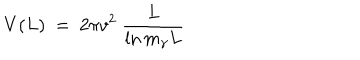
LaTeX: V ( L ) \ = \ 2 \pi v ^ { 2 } \ \frac L { \ln m _ { \gamma } L }